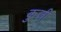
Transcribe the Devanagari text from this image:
कुजी